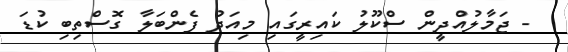
- ޖަމާލުއްދީން ސްކޫލު ކައިރީގައި މިއަދު ފެންބަލާ ގޮސްތިބި ކުޑަ